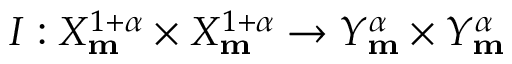
I : X _ { \mathbf { m } } ^ { 1 + \alpha } \times X _ { \mathbf { m } } ^ { 1 + \alpha } \rightarrow Y _ { \mathbf { m } } ^ { \alpha } \times Y _ { \mathbf { m } } ^ { \alpha }